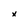
Character: x